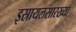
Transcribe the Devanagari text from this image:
इस्रायलसारख्या